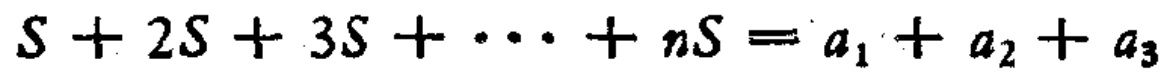
\(S + 2S + 3S + \cdots + nS = a_{1} + a_{2} + a_{3}\)